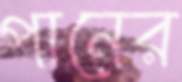
পানের